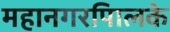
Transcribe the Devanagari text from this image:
महानगरपािलके